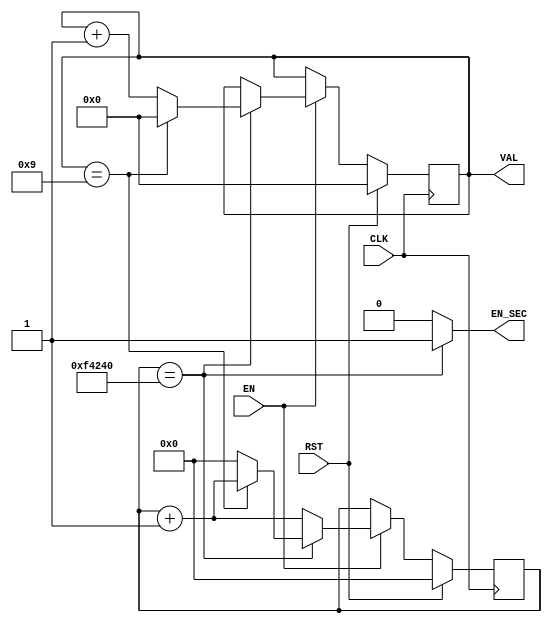
`default_nettype none
module sec_cnt(
    input wire CLK, RST, EN,
    output wire [3:0] VAL,
    output wire EN_SEC
);

parameter [31:0] CNT_FULL = 1_000_000;
//parameter [31:0] CNT_FULL = 10;

reg [3:0] VALr;
reg [31:0] CNT;

always @ (posedge CLK) begin
    if (RST) begin
        CNT <= 0;
        VALr <= 0;
    end else begin
        if (EN) begin
            CNT <= CNT + 1;
            if (CNT == CNT_FULL) begin
                if (VALr == 9) begin
                    VALr <= 0;
                end else begin
                    VALr <= VALr + 1;
                    CNT <= 0;
                end
            end
        end
    end
end

assign EN_SEC = (CNT == CNT_FULL) ? 1 : 0;
assign VAL = VALr;

endmodule
`default_nettype wire